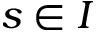
s \in I